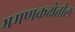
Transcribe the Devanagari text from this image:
भ्रमणकक्षेतील